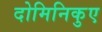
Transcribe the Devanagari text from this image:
दोमिनिकुए